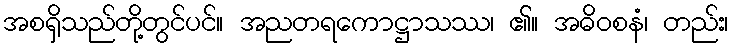
အစရှိသည်တို့တွင်ပင်။ အညတရကောဋ္ဌာသဿ၊ ၏။ အဓိဝစနံ၊ တည်း၊